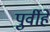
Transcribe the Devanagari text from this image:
पुर्वीहे